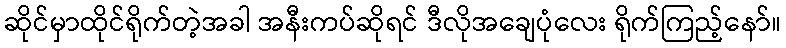
ဆိုင်မှာထိုင်ရိုက်တဲ့အခါ အနီးကပ်ဆိုရင် ဒီလိုအချေပုံလေး ရိုက်ကြည့်နော်။